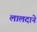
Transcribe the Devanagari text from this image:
लालदाने